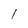
Character: l